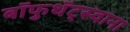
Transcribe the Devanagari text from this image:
बॉफुथॅट्स्वाना